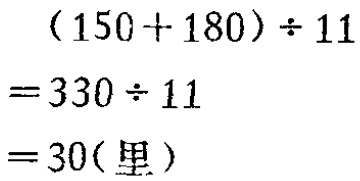
可以有五样相等，而这两个三角形不全等，但必须是三个角和两条边分别相等，而且在其中一个三角形中，最长边和次长边之比要等于次长边和最短边之比。因为这两个三角形相似，所以这一比例关系在另一三角形中也成立。三角形 \(ABC\) 的边不仅满足\(c/b = b/a\)，而且满足\(c < b + a\)。有无穷多组线段\((a, b, c)\)既能满足 \(c/b = b/a\)，又能构成三角形\((ABC)\)。对这样的一个三角形，我们都恰好能作出一个较大的（和一个较小的）三角形，使得这两个三角形有五对边和角相等。放大所需要的相似比是 \(x = c/b = b/a\)（缩小的相似比是 \(x = b/c = a/b\)）。